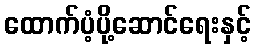
ထောက်ပံ့ပို့ဆောင်ရေးနှင့်